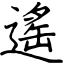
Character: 遙